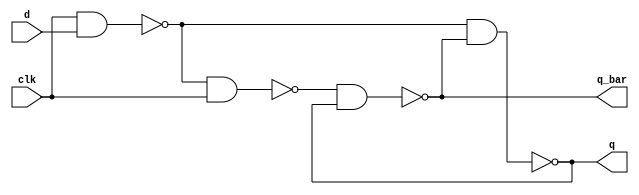
// A standard flip-flop (not sure exactly how it is supposed to work)

module dff_from_nand(q, q_bar, clk, d);

output q, q_bar;
input clk, d;

wire clk, d, q, q_bar;

nand(x, clk, d);
nand(y, x, clk);
nand(q, x, q_bar);
nand(q_bar, y, q);

endmodule


module dff_from_nand_tb();

reg clk, d;
wire q, q_bar;

dff_from_nand D (q, q_bar, clk, d);

initial begin
    $display("clk\td\tx\ty\tq\tq_bar");
    $monitor("%h\t%b\t%b\t%b\t%b\t%b", 
             clk, d, D.x, D.y, q, q_bar);
    clk = 0;
    d = 0;
    #3 d = 1;
    #3 d = 0;
    #10 $finish;
end

always #2 clk = ~clk;

endmodule